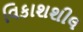
વિકાશશીલ